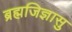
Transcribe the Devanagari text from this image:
ब्रह्मजिज्ञासु